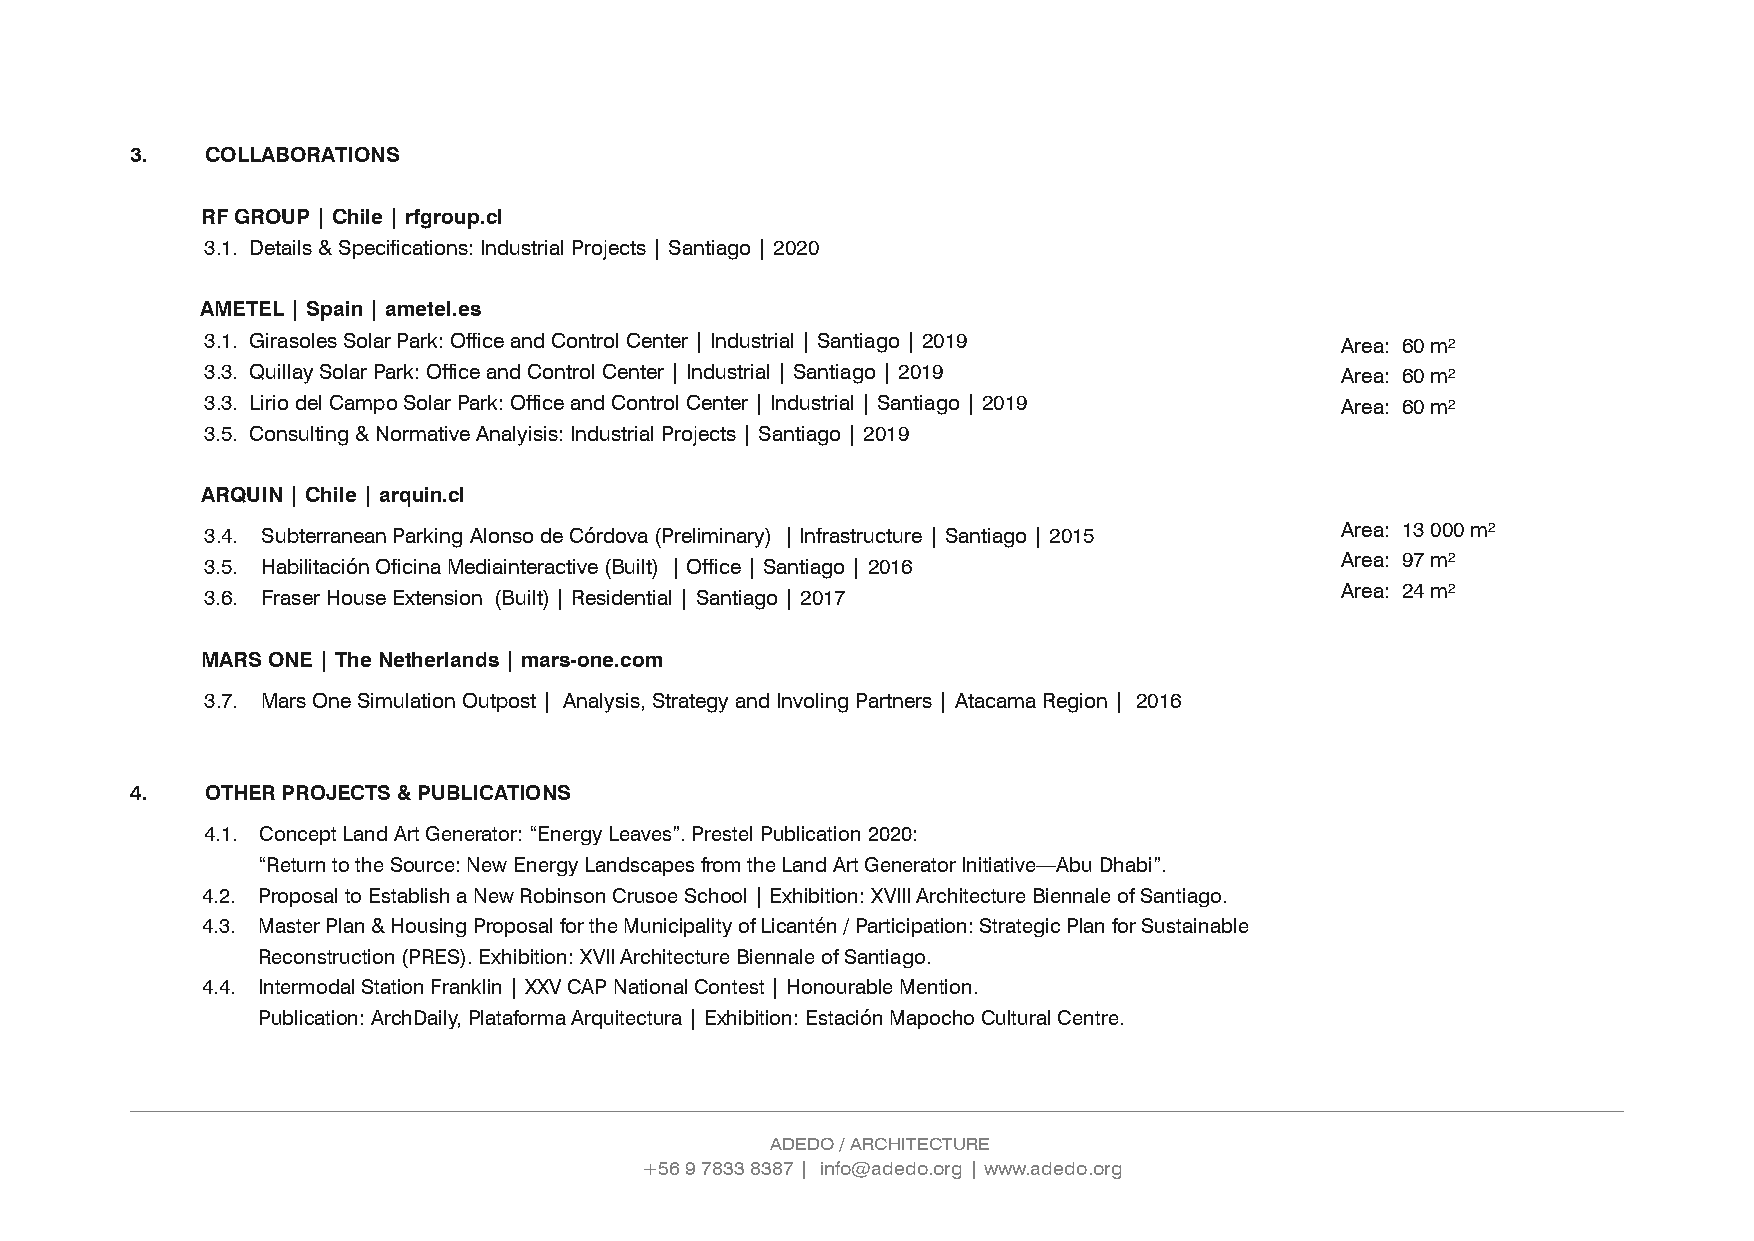
3.   COLLABORATIONS
 RF GROUP | Chile | rfgroup.cl
 3.1. Details & Specifications: Industrial Projects | Santiago | 2020
 AMETEL | Spain | ametel.es
 3.1. Girasoles Solar Park: Office and Control Center | Industrial | Santiago | 2019 Area: 60 m²
 3.3. Quillay Solar Park: Office and Control Center | Industrial | Santiago | 2019 Area: 60 m²
 3.3. Lirio del Campo Solar Park: Office and Control Center | Industrial | Santiago | 2019 Area: 60 m²
 3.5. Consulting & Normative Analyisis: Industrial Projects | Santiago | 2019
 ARQUIN | Chile | arquin.cl
 Area: 13 000 m²
 3.4. Subterranean Parking Alonso de Córdova (Preliminary) | Infrastructure | Santiago | 2015
 Area: 97 m²
 3.5. Habilitación Oficina Mediainteractive (Built) | Office | Santiago | 2016
 Area: 24 m²
 3.6. Fraser House Extension (Built) | Residential | Santiago | 2017
 MARS ONE | The Netherlands | mars-one.com
 3.7. Mars One Simulation Outpost | Analysis, Strategy and Involing Partners | Atacama Region | 2016
 4.   OTHER PROJECTS & PUBLICATIONS
 4.1. Concept Land Art Generator: “Energy Leaves”. Prestel Publication 2020:
 “Return to the Source: New Energy Landscapes from the Land Art Generator Initiative—Abu Dhabi”.
 4.2. Proposal to Establish a New Robinson Crusoe School | Exhibition: XVIII Architecture Biennale of Santiago.
 4.3. Master Plan & Housing Proposal for the Municipality of Licantén / Participation: Strategic Plan for Sustainable
 Reconstruction (PRES). Exhibition: XVII Architecture Biennale of Santiago.
 4.4. Intermodal Station Franklin | XXV CAP National Contest | Honourable Mention.
 Publication: ArchDaily, Plataforma Arquitectura | Exhibition: Estación Mapocho Cultural Centre.
 ADEDO / ARCHITECTURE                               ADEDO / ARCHITECTURE
 +56 9 7833 8387 | info@adedo.org | www.adedo.org +56 9 7833 8387 | info@adedo.org | www.adedo.org